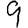
Digit: 9